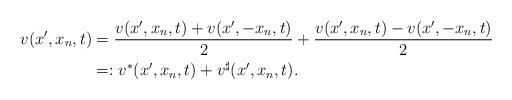
\begin{align*} v(x',x_n,t)&=\frac{v(x',x_n,t)+v(x',-x_n,t)}2+\frac{v(x',x_n,t)-v(x',-x_n,t)}2\\ &=:v^*(x',x_n,t)+v^\sharp(x',x_n,t).\end{align*}